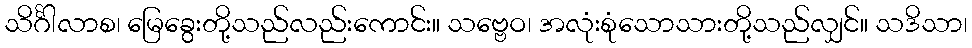
သိင်္ဂါလာစ၊ မြေခွေးတို့သည်လည်းကောင်း။ သဗ္ဗေဝ၊ အလုံးစုံသောသားတို့သည်လျှင်။ သဒိသာ၊